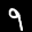
Label: 9